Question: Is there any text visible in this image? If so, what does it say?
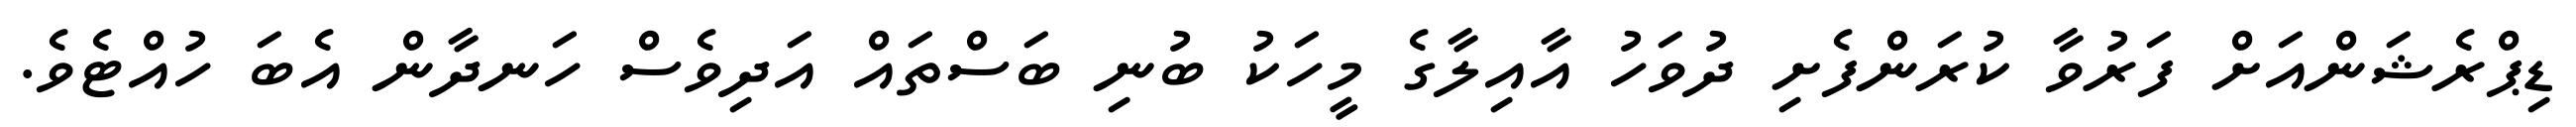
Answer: ޑިޕްރެޝަންއަށް ފަރުވާ ކުރަންފެށި ދުވަހު އާއިލާގެ މީހަކު ބުނި ބަސްތައް އަދިވެސް ހަނދާން އެބަ ހުއްޓެވެ.